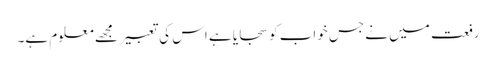
رفعت میں نے جس خواب کو سجایا ہے اس کی تعبیر مجھے معلوم ہے۔